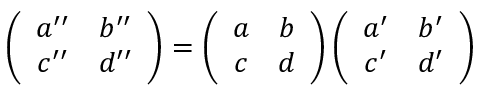
\left( \begin{array} { c c } { { a ^ { \prime \prime } } } & { { b ^ { \prime \prime } } } \\ { { c ^ { \prime \prime } } } & { { d ^ { \prime \prime } } } \end{array} \right) = \left( \begin{array} { c c } { { a } } & { { b } } \\ { { c } } & { { d } } \end{array} \right) \left( \begin{array} { c c } { { a ^ { \prime } } } & { { b ^ { \prime } } } \\ { { c ^ { \prime } } } & { { d ^ { \prime } } } \end{array} \right)